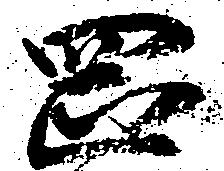
岡